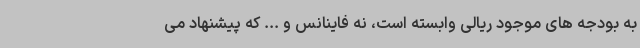
به بودجه های موجود ریالی وابسته است، نه فاینانس و ... که پیشنهاد می